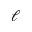
\ell